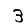
Digit: 3